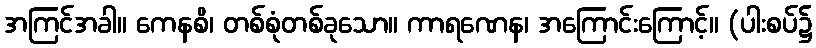
အကြင်အခါ။ ကေနစိ၊ တစ်စုံတစ်ခုသော။ ကာရဏေန၊ အကြောင်းကြောင့်။ (ပါးစပ်၌